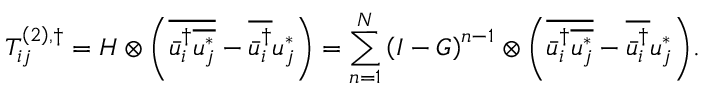
T _ { i j } ^ { \left( 2 \right) , \dag } = H \otimes \left( { \overline { { \bar { u } _ { i } ^ { \dag } \overline { { u _ { j } ^ { * } } } } } - \overline { { \bar { u } _ { i } ^ { \dag } } } u _ { j } ^ { * } } \right) = \sum _ { n = 1 } ^ { N } { { { \left( { I - G } \right) } ^ { n - 1 } } \otimes \left( { \overline { { \bar { u } _ { i } ^ { \dag } \overline { { u _ { j } ^ { * } } } } } - \overline { { \bar { u } _ { i } ^ { \dag } } } u _ { j } ^ { * } } \right) } .